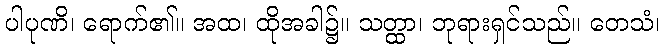
ပါပုဏိ၊ ရောက်၏။ အထ၊ ထိုအခါ၌။ သတ္ထာ၊ ဘုရားရှင်သည်။ တေသံ၊